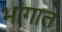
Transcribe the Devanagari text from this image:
भांगात